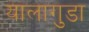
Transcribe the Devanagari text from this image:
यालागुडा